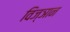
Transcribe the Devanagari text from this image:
विज्ञान